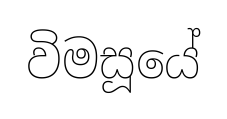
විමසූයේ